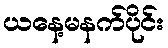
ယနေ့မနက်ပိုင်း